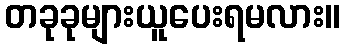
တခုခုများယူပေးရမလား။